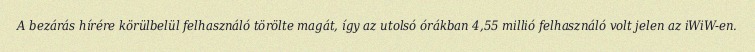
A bezárás hírére körülbelül felhasználó törölte magát, így az utolsó órákban 4,55 millió felhasználó volt jelen az iWiW-en.